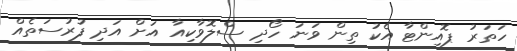
ހަތަރު ޕޮއިންޓާ އެކު ތިން ވަނަ ހޯދި ސްލޮވާކިއާ އަށް އަދި ފުރުސަތެއް